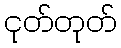
ငုတ်တုတ်